Cholera in India, 1862 to 1881
Year: 1862
Disease focus: Cholera
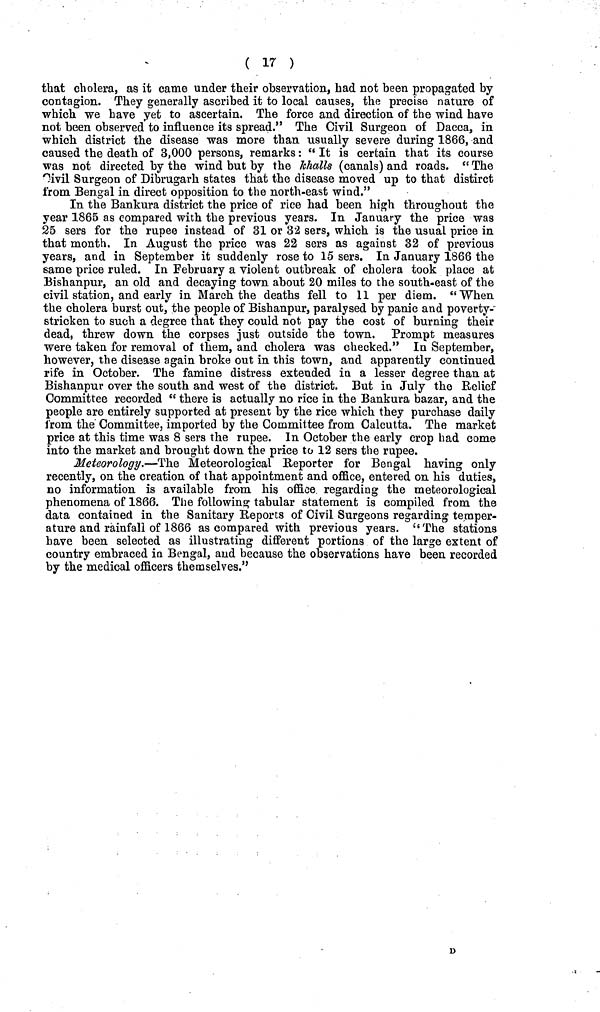
( 17 )
that cholera, as it came under their observation, had not been propagated by
contagion. They generally ascribed it to local causes, the precise nature of
which we have yet to ascertain. The force and direction of the wind have
not been observed to influence its spread." The Civil Surgeon of Dacca, in
which district the disease was more than usually severe during 1866, and
caused the death of 3,000 persons, remarks : " It is certain that its course
was not directed by the wind but by the Khalls (canals) and roads. " The
Civil Surgeon of Dibrugarh states that the disease moved up to that distirct
from Bengal in direct opposition to the north-east wind."
In the Bankura district the price of rice had been high throughout the
year 1865 as compared with the previous years. In January the price was
25 sers for the rupee instead of 31 or 32 sers, which is the usual price in
that month. In August the price was 22 sers as against 32 of previous
years, and in September it suddenly rose to 15 sers. In January 1866 the
same price ruled. In February a violent outbreak of cholera took place at
Bishanpur, an old and decaying town about 20 miles to the south-east of the
civil station, and early in March the deaths fell to 11 per diem. "When
the cholera burst out, the people of Bishanpur, paralysed by panic and poverty-
stricken to such a degree that they could not pay the cost of burning their
dead, threw down the corpses just outside the town. Prompt measures
were taken for removal of them, and cholera was checked." In September,
however, the disease again broke out in this town, and apparently continued
rife in October. The famine distress extended in a lesser degree than at
Bishanpur over the south and west of the district. But in July the Relief
Committee recorded " there is actually no rice in the Bankura bazar, and the
people are entirely supported at present by the rice which they purchase daily
from the Committee, imported by the Committee from Calcutta. The market
price at this time was 8 sers the rupee. In October the early crop had come
into the market and brought down the price to 12 sers the rupee.
Meteorology.—The Meteorological Reporter for Bengal having only
recently, on the creation of that appointment and office, entered on his duties,
no information is available from his office regarding the meteorological
phenomena of 1866. The following tabular statement is compiled from the
data contained in the Sanitary Reports of Civil Surgeons regarding temper-
ature and rainfall of 1866 as compared with previous years. "The stations
have been selected as illustrating different portions of the large extent of
country embraced in Bengal, and because the observations have been recorded
by the medical officers themselves."
D